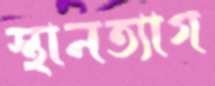
স্থানত্যাগ